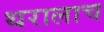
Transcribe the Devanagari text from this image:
थरालाच